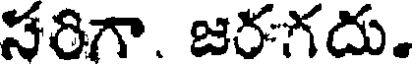
సరిగా. జరగదు.